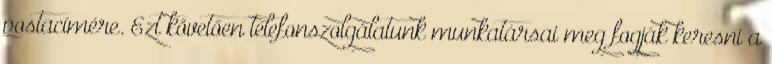
postacímére. Ezt követően telefonszolgálatunk munkatársai meg fogják keresni a